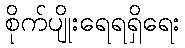
စိုက်ပျိုးရေရရှိရေး